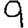
Digit: 9